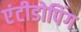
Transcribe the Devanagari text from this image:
एंटीडोपिंग